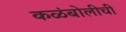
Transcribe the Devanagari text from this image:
कळंबोलीची